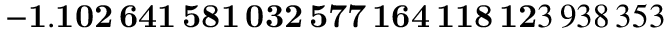
\mathbf { - 1 . 1 0 2 \, 6 4 1 \, 5 8 1 \, 0 3 2 \, 5 7 7 \, 1 6 4 \, 1 1 8 \, 1 2 } 3 \, 9 3 8 \, 3 5 3